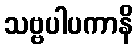
သဗ္ဗပါပကာနိ